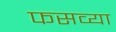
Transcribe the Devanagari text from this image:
फसव्या